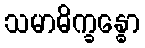
သမာဓိက္ခန္ဓော